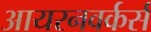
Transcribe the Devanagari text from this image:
आयरनवर्कर्स